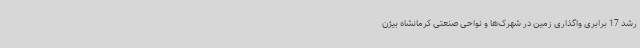
رشد 17 برابری واگذاری زمین در شهرک‌ها و نواحی صنعتی کرمانشاه بیژن